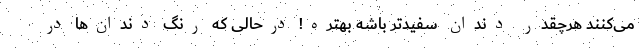
می‌کنند هرچقدر دندان سفیدتر باشه بهتره! درحالی که رنگ دندان‌ها در